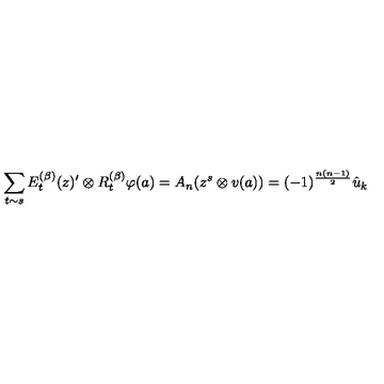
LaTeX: \sum _ { t \sim s } E _ { t } ^ { ( \beta ) } ( z ) ^ { \prime } \otimes R _ { t } ^ { ( \beta ) } \varphi ( a ) = A _ { n } ( z ^ { s } \otimes v ( a ) ) = ( - 1 ) ^ { \frac { n ( n - 1 ) } { 2 } } \hat { u } _ { k }